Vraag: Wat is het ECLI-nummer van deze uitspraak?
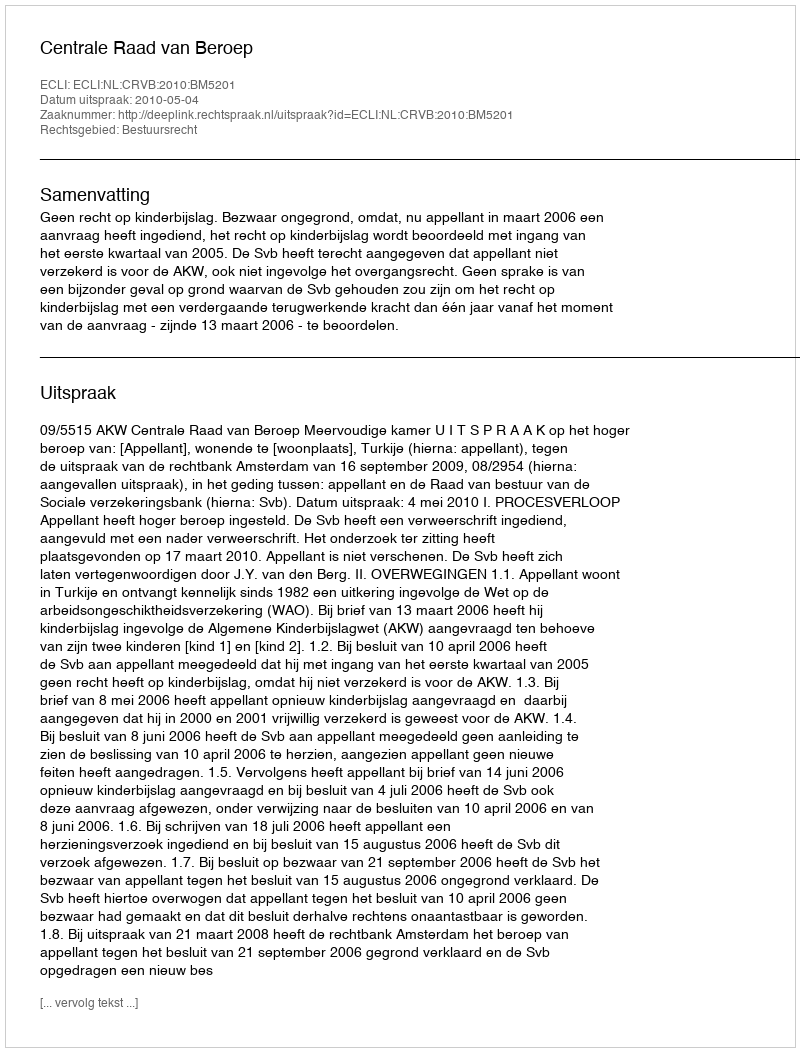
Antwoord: ECLI:NL:CRVB:2010:BM5201